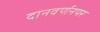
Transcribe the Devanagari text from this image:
दानवर्णनपर